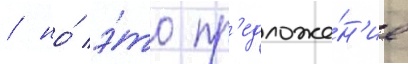
/ но́ э́то пр'едложе́н'ие